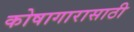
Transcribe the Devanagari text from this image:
कोषागारासाठी